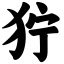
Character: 狞